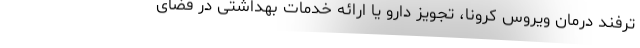
ترفند درمان ویروس کرونا، تجویز دارو یا ارائه خدمات بهداشتی در فضای